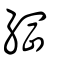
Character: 綱